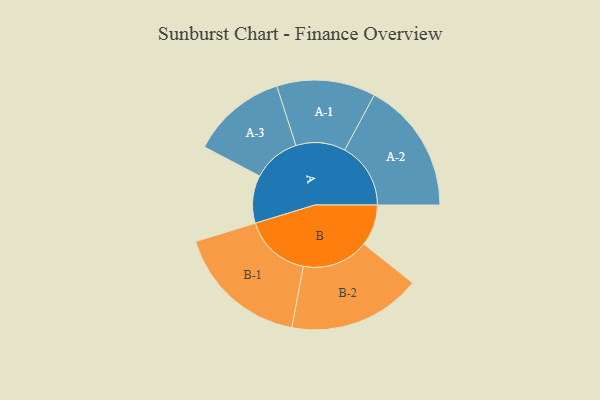
{"axis": {"x": "Segment", "y": "Value"}, "legend": ["", "A", "B"], "data": [{"x": "A", "y": 213, "type": ""}, {"x": "B", "y": 184, "type": ""}, {"x": "A-1", "y": 220, "type": "A"}, {"x": "A-2", "y": 294, "type": "A"}, {"x": "A-3", "y": 212, "type": "A"}, {"x": "B-1", "y": 297, "type": "B"}, {"x": "B-2", "y": 296, "type": "B"}]}